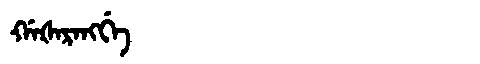
Manchu: ᡤᠠᡧᠠᡵᠠᠩᡤᡝ
Romanization: GAŠARANGGE